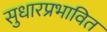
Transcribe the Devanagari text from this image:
सुधारप्रभावित